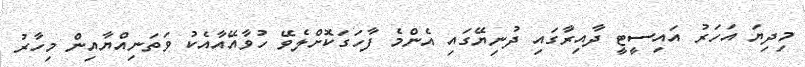
މިދިޔަ އަހަރު އައިސީޓީ ދާއިރާގައި ދުނިޔޭގައި އެންމެ ފާހަގަކޮށްލެވޭ ހުވާއޭއާއެކު ވަތަނިއްޔާއިން މިހާރު